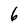
Character: 6